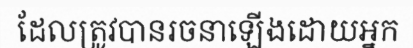
ដែលត្រូវបានរចនាឡើងដោយអ្នក